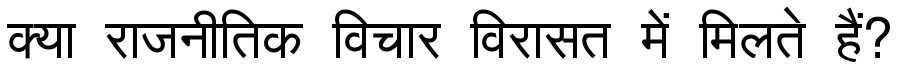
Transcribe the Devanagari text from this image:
क्या राजनीतिक विचार विरासत में मिलते हैं?